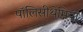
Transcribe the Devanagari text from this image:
पॉलिसीथेमिया